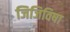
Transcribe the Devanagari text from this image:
जिजिविषा